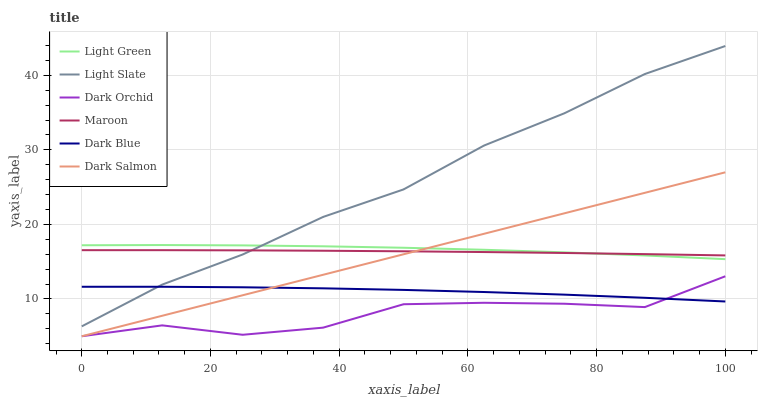
| xaxis_label | Light Green | Light Slate | Dark Orchid | Maroon | Dark Blue | Dark Salmon |
 | --- | --- | --- | --- | --- | --- | --- |
 | 0 | 17.2 | 6.33 | 5 | 16.5 | 11.6 | 5 |
 | 12.5 | 17.2 | 11.9 | 6.46 | 16.5 | 11.6 | 7.75 |
 | 25 | 17.2 | 16 | 5.2 | 16.5 | 11.6 | 10.5 |
 | 37.5 | 17.1 | 21 | 6.15 | 16.5 | 11.4 | 13.2 |
 | 50 | 16.9 | 24.7 | 9.29 | 16.4 | 11.2 | 16 |
 | 62.5 | 16.6 | 30.6 | 9.49 | 16.3 | 10.9 | 18.7 |
 | 75 | 16.3 | 34.9 | 9.36 | 16.2 | 10.6 | 21.5 |
 | 87.5 | 15.8 | 40.2 | 8.91 | 16 | 10.2 | 24.2 |
 | 100 | 15.3 | 43.9 | 13 | 15.8 | 9.66 | 27 |